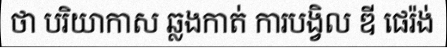
ថា បរិយាកាស ឆ្លងកាត់ ការបង្វិល ឌី ផេរ៉ង់